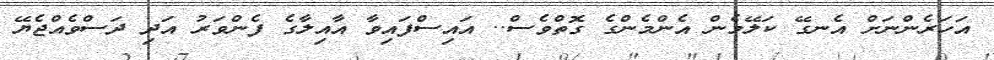
އަހަރެންނަށް އެނގޭ ކަލޭމެން އެންމެންގެ ގޮތްވެސް.. އައިސްފައިވާ އާއިލާގެ ފެންވަރު އަދި ދަސްވެއްޖެޔޭ